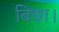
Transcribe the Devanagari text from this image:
बिछा।